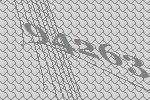
94263